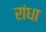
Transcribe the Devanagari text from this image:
रांधा